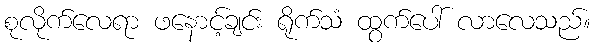
စုလိုက်လေရာ ဖနောင့်ချင်း ရိုက်သံ ထွက်ပေါ် လာလေသည်။